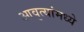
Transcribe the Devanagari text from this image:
आवृत्यांमध्ये